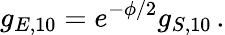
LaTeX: g_{E,10}=e^{-\phi/2}g_{S,10}\, .